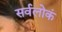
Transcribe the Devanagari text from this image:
सर्वलोकं